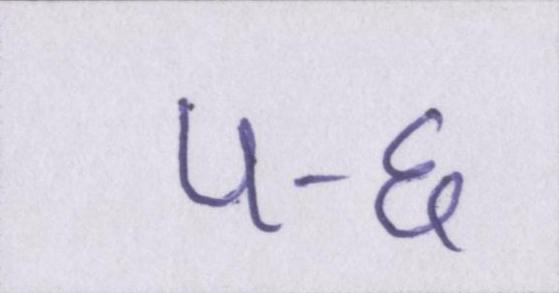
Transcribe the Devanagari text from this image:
५-६